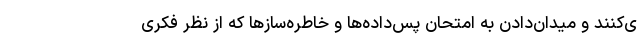
ی‌کنند و میدان‌دادن به امتحان پس‌داده‌ها و خاطره‌سازها که از نظر فکری